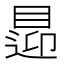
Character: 𥈁